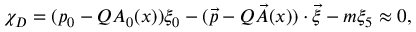
\chi _ { D } = ( p _ { 0 } - Q A _ { 0 } ( x ) ) \xi _ { 0 } - ( \vec { p } - Q \vec { A } ( x ) ) \cdot \vec { \xi } - m \xi _ { 5 } \approx 0 ,